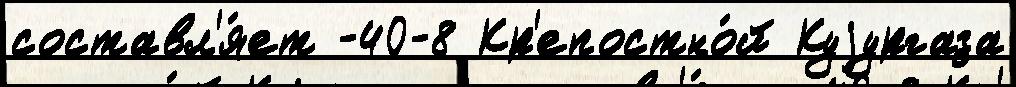
составл'я́ет -40-8 Кр'епостно́й Куjургаза